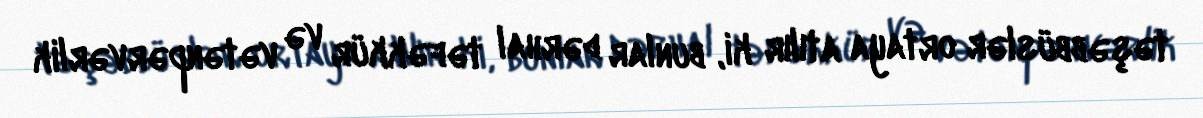
təşəbbüslər ortaya atılır ki, bunlar dərhal təfəkkür və vətənpərvərlik